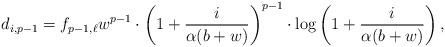
LaTeX: \begin{align*}d_{i,p-1}=f_{p-1,\ell} w^{p-1}\cdot \left(1+\frac{i}{\alpha(b+w)}\right)^{p-1} \cdot \log\left(1+\frac{i}{\alpha(b+w)}\right),\end{align*}